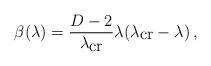
LaTeX: \begin{align*}\beta(\lambda)=\frac{D-2}{\lambda_{\mbox{cr}}}\lambda (\lambda_{\mbox{cr}}-\lambda)\, ,\end{align*}